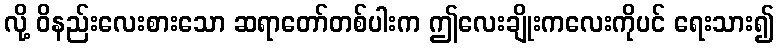
လို့ ဝိနည်းလေးစားသော ဆရာတော်တစ်ပါးက ဤလေးချိုးကလေးကိုပင် ရေးသား၍